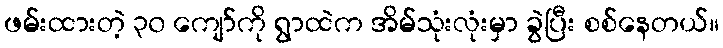
ဖမ်းထားတဲ့ ၃၀ ကျော်ကို ရွာထဲက အိမ်သုံးလုံးမှာ ခွဲပြီး စစ်နေတယ်။